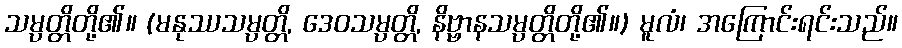
သမ္ပတ္တိတို့၏။ (မနုဿသမ္ပတ္တိ, ဒေဝသမ္ပတ္တိ, နိဗ္ဗာနသမ္ပတ္တိတို့၏။) မူလံ၊ အကြောင်းရင်းသည်။